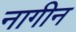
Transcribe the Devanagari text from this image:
नागीन